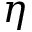
\eta